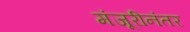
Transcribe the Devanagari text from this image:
मंजूरीनंतर